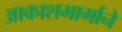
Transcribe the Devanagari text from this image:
आकाशमार्गाने